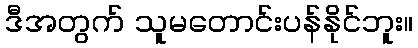
ဒီအတွက် သူမတောင်းပန်နိုင်ဘူး။